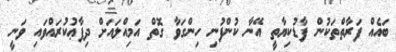
ބައެއް ފަރާތްތަކުން ފާޑުކިޔާތީ އޭނާ ކުންފުނި ހިންގަވާ ގޮތް އަމިއްލައަށް ދިފާޢުކުރައްވައި ވަނީ